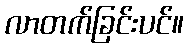
လာတက်ခြင်းပင်။